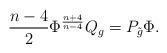
LaTeX: \begin{align*}\frac{n-4}{2}\Phi^{\frac{n+4}{n-4}}Q_{g}=P_{\tilde{g}}\Phi.\end{align*}